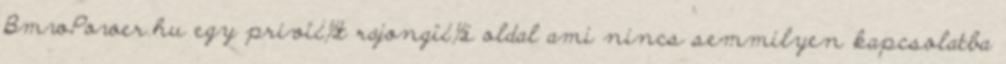
BmwPower.hu egy privï¿½t rajongï¿½i oldal ami nincs semmilyen kapcsolatba